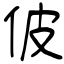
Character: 佊